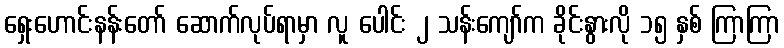
ရှေးဟောင်းနန်းတော် ဆောက်လုပ်ရာမှာ လူ ပေါင်း ၂ သန်းကျော်က ခိုင်းနွားလို ၁၅ နှစ် ကြာကြာ